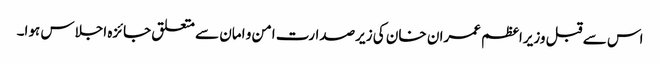
اس سے قبل وزیراعظم عمران خان کی زیرصدارت امن و امان سے متعلق جائزہ اجلاس ہوا۔